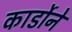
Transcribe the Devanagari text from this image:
कार्डोने